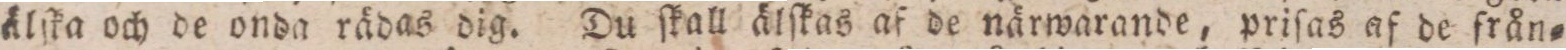
älſka och de onda rädas dig. Du ſkall älſkas af de närwarande, priſas af de från=